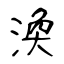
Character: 渙